Note on the mental hospitals in Burma - 1925-1940
Year: 1925
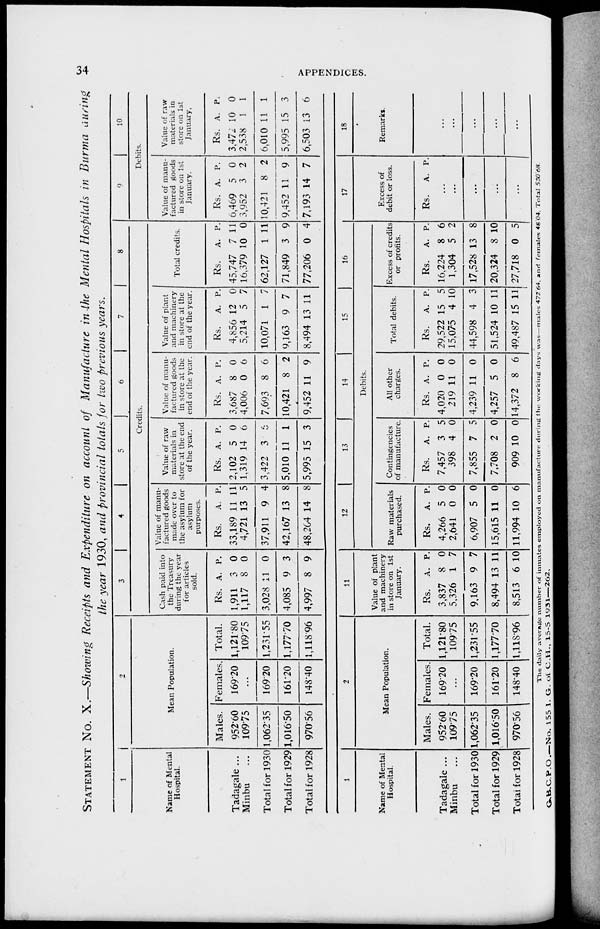
34
APPENDICES.
STATEMENT No. X.—Showing Receipts and Expenditure on account of Manufacture in the Mental Hospitals in Burma during
the year 1930, and provincial totals for two previous years.
1
Name of Mental
Hospital.
Tadagale ...
Minbu ...
Total for 1930
Total for 1929
Total for 1928
2
Mean Population.
Males.
952.60
109.75
1,062.35
1,016.50
970.56
Females.
169.20
...
169.20
161.20
148.40
Total.
1,121.80
109.75
1,231.55
1,177.70
1,118.96
3
4
5
6
7
8
Credits.
Cash paid into
the Treasury
during the year
for articles
sold.
Rs.
1,911
1,117
3,028
4,085
4,997
A.
3
8
11
9
8
P.
0
0
0
3
9
Value of manu-
factured goods
made over to
the asylum for
asylum
purposes.
Rs.
33,189
4,721
37,911
42,167
48,264
A.
11
13
9
13
14
P.
11
5
4
8
8
Value of raw
materials in
store at the end
of the year.
Rs.
2,102
1,319
3,422
5,010
5,995
A.
5
14
3
11
15
P.
0
6
6
1
3
Value of manu-
factured goods
in store at the
end of the year.
Rs.
3,687
4,006
7,693
10,421
9,452
A.
8
0
8
8
11
P.
0
6
6
2
9
Value of plant
and machinery
in store at the
end of the year.
Rs.
4,856
5,214
10,071
9,163
8,494
A.
12
5
1
9
13
P.
0
7
7
7
11
Total credits.
Rs.
45,747
16,379
62,127
71,849
77,206
A.
7
10
1
3
0
P.
11
0
11
9
4
9
10
Debits.
Value of manu-
factured goods
in store on 1st
January.
Rs.
6,469
3,952
10,421
9,452
7,193
A.
5
3
8
11
14
P.
0
2
2
9
7
Value of raw
materials in
store on 1st
January.
Rs.
3,472
2,538
6,010
5,995
6,503
A.
10
1
11
15
13
P.
0
1
1
3
6
1
Name of Mental
Hospital.
Tadagale ...
Minbu ...
Total for 1930
Total for 1929
Total for 1928
2
Mean Population.
Males.
952.60
109.75
1,062.35
1,016.50
970.56
Females.
169.20
...
169.20
161.20
148.40
Total.
1,121.80
109.75
1,231.55
1,177.70
1,118.96
11
Value of plant
and machinery
in store on 1st
January.
Rs.
3,837
5,326
9,163
8,494
8,513
A.
8
1
9
13
6
P.
0
7
7
11
10
12
13
14
15
16
Debits.
Raw materials
purchased.
Rs.
4,266
2,641
6,907
15,615
11,994
A.
5
0
5
11
10
P.
0
0
0
0
6
Contingencies
of manufacture.
Rs.
7,457
398
7,855
7,708
909
A.
3
4
7
2
10
P.
5
0
5
0
0
All other
charges.
Rs.
4,020
219
4,239
4,257
14,372
A.
0
11
11
5
8
P.
0
0
0
0
6
Total debits.
Rs.
29,522
15,075
44,598
51,524
49,487
A.
15
4
4
10
15
P.
5
10
3
11
11
Excess of credits
or profits.
Rs.
16,224
1,304
17,528
20,324
27,718
A.
8
5
13
8
0
P.
6
2
8
10
5
17
Excess of
debit or loss.
Rs. A. P.
...
...
...
...
...
18
Remarks.
...
...
...
...
...
The daily average number of inmates employed on manufacture during the working days was — males 472.64, and females 48.04. Total 520.68
G.B.C.P.O.—No. 155 I. G. of C.H., 15-5 1931—262.